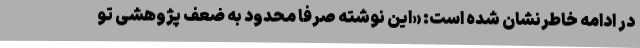
در ادامه خاطرنشان شده است: «این نوشته صرفا محدود به ضعف پژوهشی تو